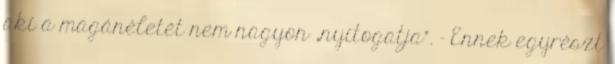
aki a magánéletét nem nagyon „nyitogatja”. – Ennek egyrészt